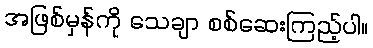
အဖြစ်မှန်ကို သေချာ စစ်ဆေးကြည့်ပါ။